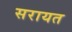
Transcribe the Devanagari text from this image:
सरायत